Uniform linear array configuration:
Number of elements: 12
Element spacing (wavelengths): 1
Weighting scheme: uniform
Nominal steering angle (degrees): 45
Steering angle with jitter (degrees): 45.164
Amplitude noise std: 0.05
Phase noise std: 0.05

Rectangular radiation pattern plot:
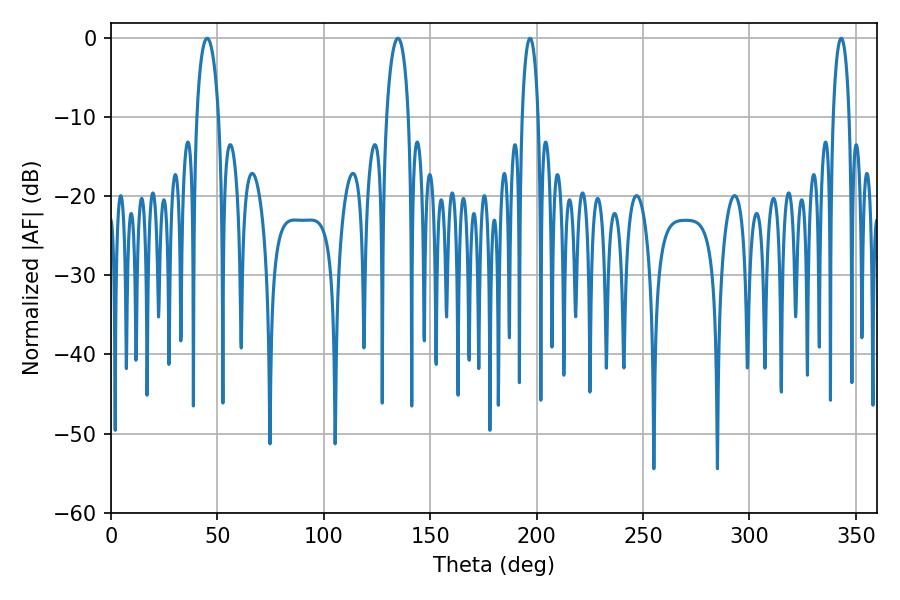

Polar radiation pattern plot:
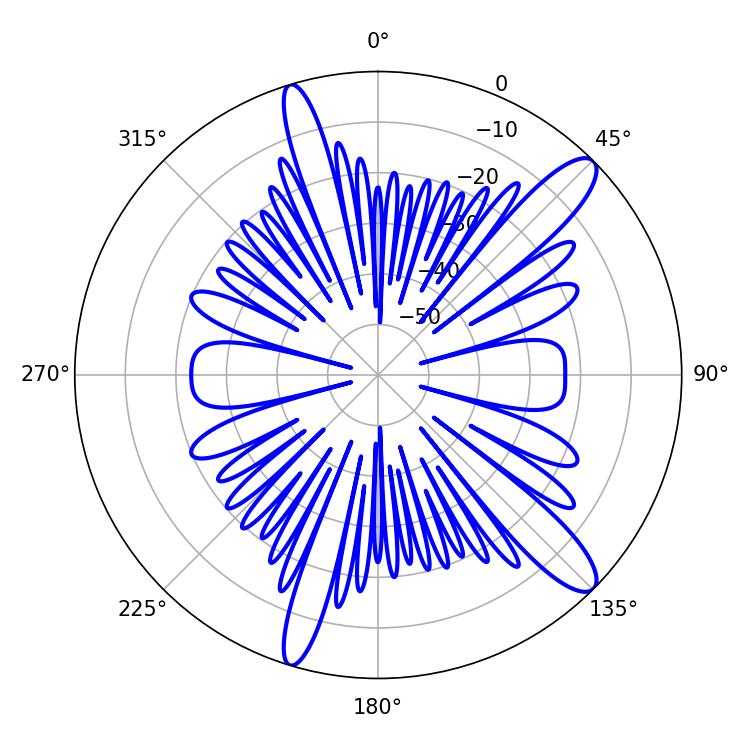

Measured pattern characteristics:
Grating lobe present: TRUE
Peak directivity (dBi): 12.472
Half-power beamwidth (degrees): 5.94
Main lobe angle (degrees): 45.18